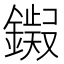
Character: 𫓊